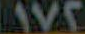
AVA